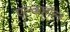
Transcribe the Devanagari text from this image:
एल्कहॉल